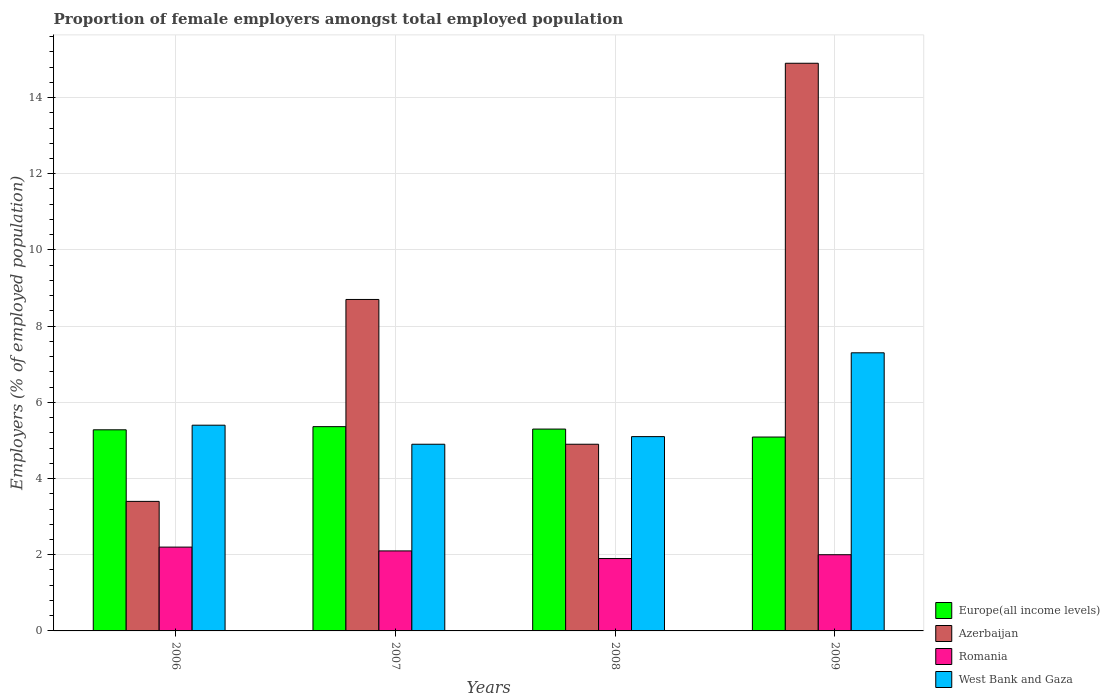
| Years | Europe(all income levels) | Azerbaijan | Romania | West Bank and Gaza |
 | --- | --- | --- | --- | --- |
 | 2006 | 5.28 | 3.4 | 2.2 | 5.4 |
 | 2007 | 5.36 | 8.7 | 2.1 | 4.9 |
 | 2008 | 5.3 | 4.9 | 1.9 | 5.1 |
 | 2009 | 5.09 | 14.9 | 2 | 7.3 |